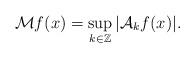
LaTeX: \begin{align*}\mathcal{M}f(x)=\sup_{k\in\mathbb{Z}}|\mathcal{A}_kf(x)|.\end{align*}